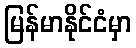
မြန်မာနိုင်ငံမှာ